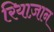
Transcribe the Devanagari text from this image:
रियाज़ान